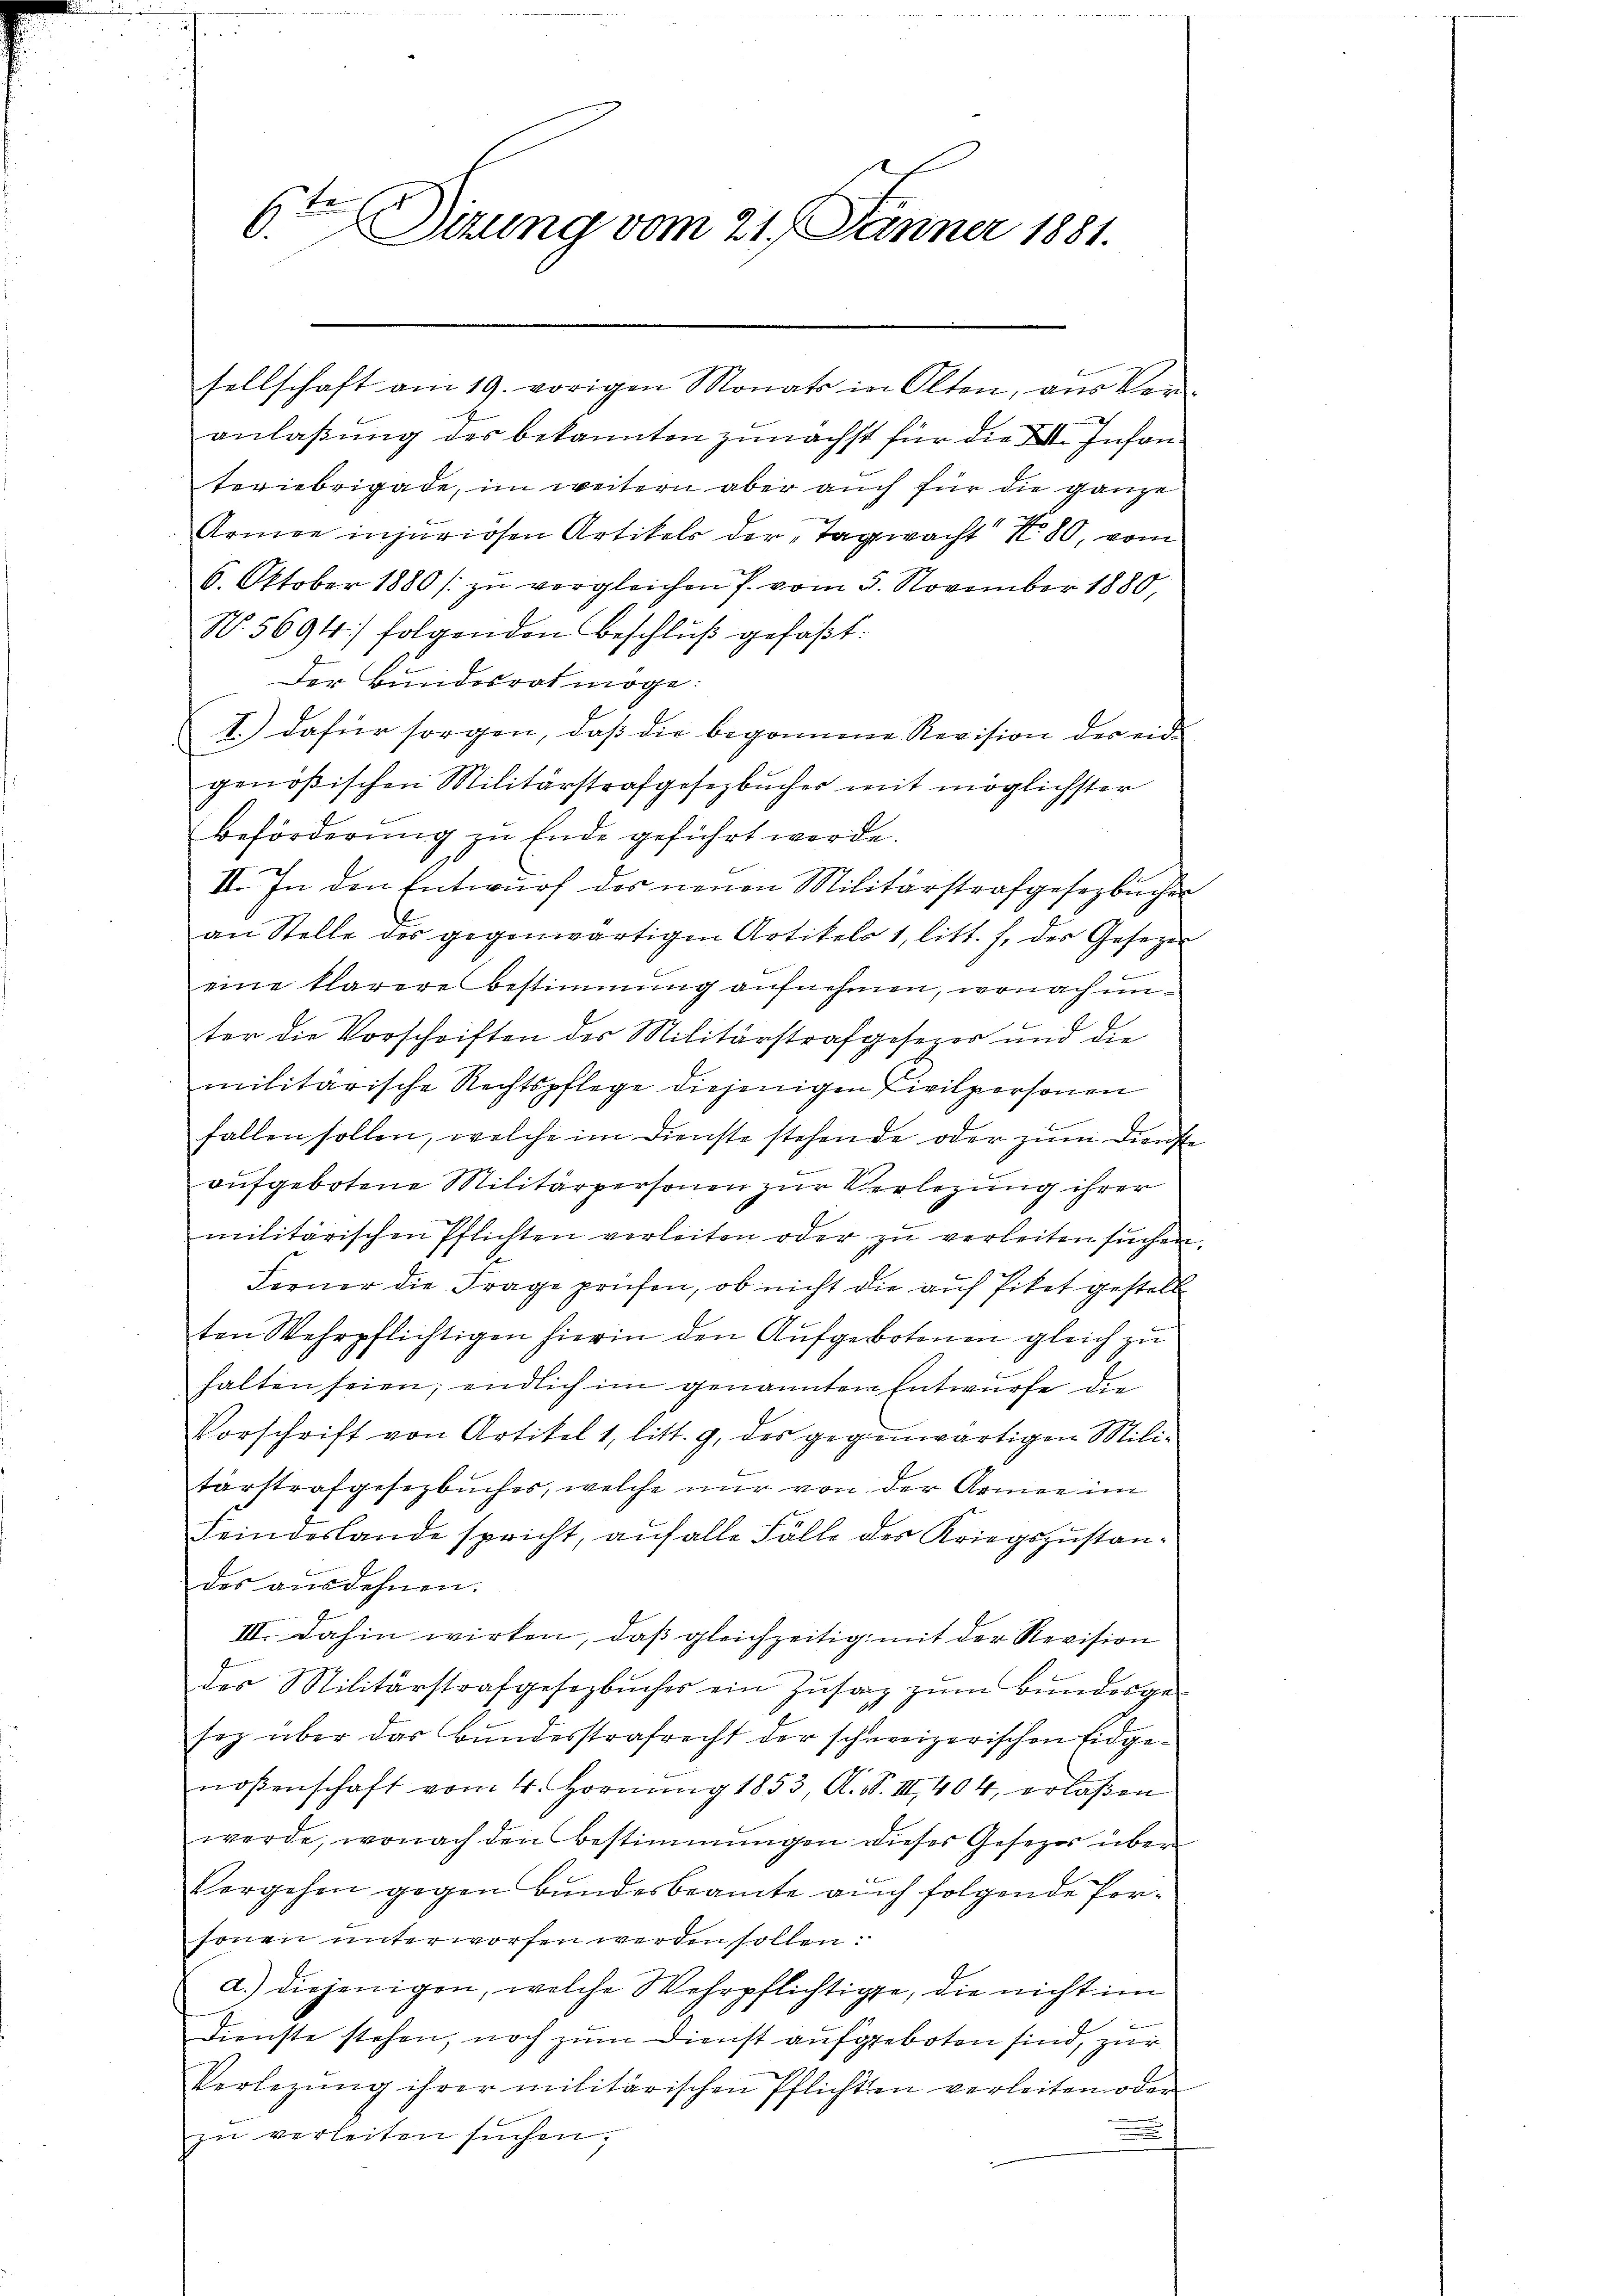
h
Ditung vom 21. Jänner 1881.

sellschaft am 19. vorigen Monats in Olten, aus Ver-
anlaßung des bekannten zunächst für die XVII. Infanteriebrigade, im weitern aber auch für die ganze
Armee injuriosen Artikels der Tagwacht N. 80, vom
6. Oktober 1880 / zu vergleichen 7. vom 5. November 1880,
No. 5694) folgenden Beschlŭβ gefaßt:
Der Bundesrat möge:
I.) dafür sorgen, daß die begonnene Revision der eid
genößischen Militärstrafgesetzbuches mit möglichster
Beförderung zu Ende geführt werde.
19.
II. In den Entwŭrf des neuen Militärstrafgesezbücher
an Stelle des gegenwärtigen Artikels 1, litt. f. des Gesezes
eine klarere Bestimmung aufnehmen, wonach unter die Vorschriften des Militärstrafgesezer und die
militärische Rechtspflege diejenigen Civilpersonen
fallen sollen, welche im Dienste stehende oder zum Dienste
aufgebotene Militärpersonen zur Verlegung ihrer
militärischen Pflichten verleiten oder zŭ verleiten sŭchen.
Ferner die Frage prüfen, ob nicht die auf Piket gestell
ten Wehrpflichtigen hierin den Aufgebotenen gleich zu
halten seien; endlich im genannten Entwurfe die
Vorschrift von Artikel 1, litt. g, des gegenwärtigen Militärstrafgesezbuches, welche nur von der Armee im
Feindeslande spricht, auf alle Fälle des Kriegszustandes ausdehnen.
III. Dahin wirken, daß gleichzeitig mit der Revision
des Militärstrafgesezbŭches ein Zŭsaz zŭm Bŭndesge-
Erg über das Bundesstrafrecht der schweizerischen Eidgenoßenschaft vom 4. Hornŭng 1853, A. S. III 404, erlaßen
werde, wonach den Bestimmungen dieses Gesezes über
Vergehen gegen Bundesbeamte auch folgende Personen unterworfen werden sollen:
a.) diejenigen, welche Wehrpflichtige, die nicht im
Dienste stehen, noch zum Dienst aufgeboten sind, zur
Verlegŭng ihrer militärischen Pflichten verleiten oder
zu verleiten suchen.